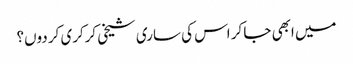
میں ابھی جا کر اس کی ساری شیخی کرکری کر دوں؟